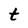
Character: t